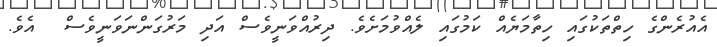
އެއުރެންގެ ހިތްތަކުގައި ހިތާމަޔެއް ކަމުގައި ލެއްވުމަށެވެ. ދިރުއްވަނީވެސް އަދި މަރުގަންނަވަނީވެސް  އެވެ.